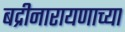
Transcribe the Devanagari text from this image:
बद्रीनारायणाच्या